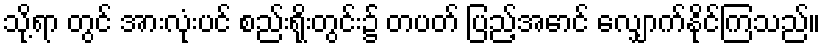
သို့ရာ တွင် အားလုံးပင် စည်းရိုးတွင်း၌ တပတ် ပြည့်အောင် လျှောက်နိုင်ကြသည်။